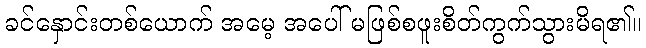
ခင်နှောင်းတစ်ယောက် အမေ့ အပေါ် မဖြစ်စဖူးစိတ်ကွက်သွားမိရ၏။